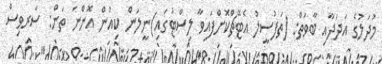
މުދަލުގެ އަދަދާއި ބާވަތް: (ތަފުސީލު އެޓޭޗްކޮށްފައިވާ ލިސްޓުގައި)ނީލަން ކިއުން އޮންނަ ތަން: ސަރވިސް